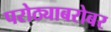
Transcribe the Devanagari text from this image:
परोठ्याबरोबर